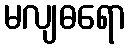
မလျဓရော